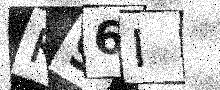
Text: K96I